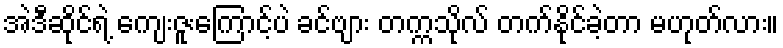
အဲဒီဆိုင်ရဲ့ ကျေးဇူးကြောင့်ပဲ ခင်ဗျား တက္ကသိုလ် တက်နိုင်ခဲ့တာ မဟုတ်လား။